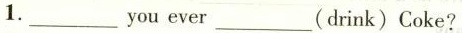
1.___you ever___(drink) Coke?